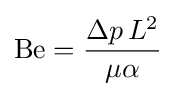
\mathrm {Be} ={\frac {\Delta p\,L^{2}}{\mu \alpha }}